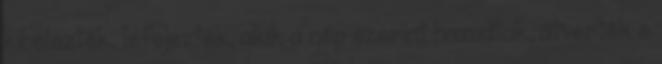
kibelezték, lefejezték, akik a nép szerint hazudtak, átverték e